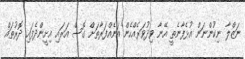
ނަޒްލާ ނިކުންނަން އުޅެފާނެތީ އޭނާ ވިދުވަރެއްހެން އަނެއްފަރާތަށް ގޮސް އަރައި އިށީންދެފައި ދޮރުތައް